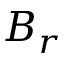
B _ { r }